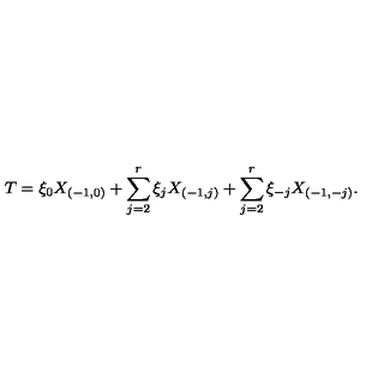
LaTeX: T = \xi _ { 0 } X _ { ( - 1 , 0 ) } + \sum _ { j = 2 } ^ { r } \xi _ { j } X _ { ( - 1 , j ) } + \sum _ { j = 2 } ^ { r } \xi _ { - j } X _ { ( - 1 , - j ) } .